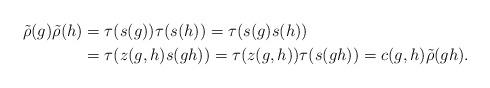
LaTeX: \begin{align*}\tilde{\rho}(g)\tilde{\rho}(h)&=\tau(s(g))\tau(s(h))=\tau(s(g)s(h))\\&=\tau(z(g,h)s(gh))=\tau(z(g,h))\tau(s(gh))=c(g,h)\tilde{\rho}(gh).\end{align*}